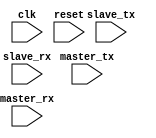
module timing_control_synchronization (
  input wire clk, // clock signal
  input wire reset, // reset signal
  input wire master_tx, // signal indicating data transmit from master
  input wire master_rx, // signal indicating data receive by master
  input wire slave_tx, // signal indicating data transmit from slave
  input wire slave_rx // signal indicating data receive by slave
);

// clock generator
reg [1:0] clk_counter;
reg spi_clk;

always @(posedge clk or posedge reset) begin
  if (reset) begin
    clk_counter <= 2'b00;
    spi_clk <= 1'b0;
  end else begin
    if (clk_counter == 2'b00) begin
      clk_counter <= 2'b01;
    end else begin
      clk_counter <= 2'b00;
      spi_clk <= ~spi_clk;
    end
  end
end

// logic for data transmission and reception synchronization
reg master_tx_sync, master_rx_sync, slave_tx_sync, slave_rx_sync;

always @(posedge clk or posedge reset) begin
  if (reset) begin
    master_tx_sync <= 1'b0;
    master_rx_sync <= 1'b0;
    slave_tx_sync <= 1'b0;
    slave_rx_sync <= 1'b0;
  end else begin
    master_tx_sync <= master_tx;
    slave_rx_sync <= master_tx_sync;
    slave_tx_sync <= slave_tx;
    master_rx_sync <= slave_tx_sync;
  end
end

endmodule